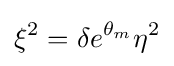
\xi ^{2}=\delta e^{\theta _{m}}\eta ^{2}